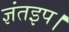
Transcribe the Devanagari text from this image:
ज्ञंतइप।